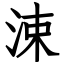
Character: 涑